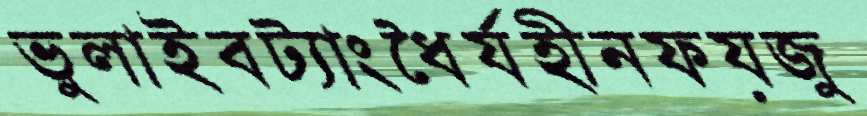
ভুলাইবট্যাংধৈর্যহীনফয়জু